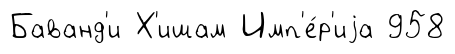
Баванд'и Х'ишам Имп'е́р'иjа 958